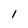
Character: l